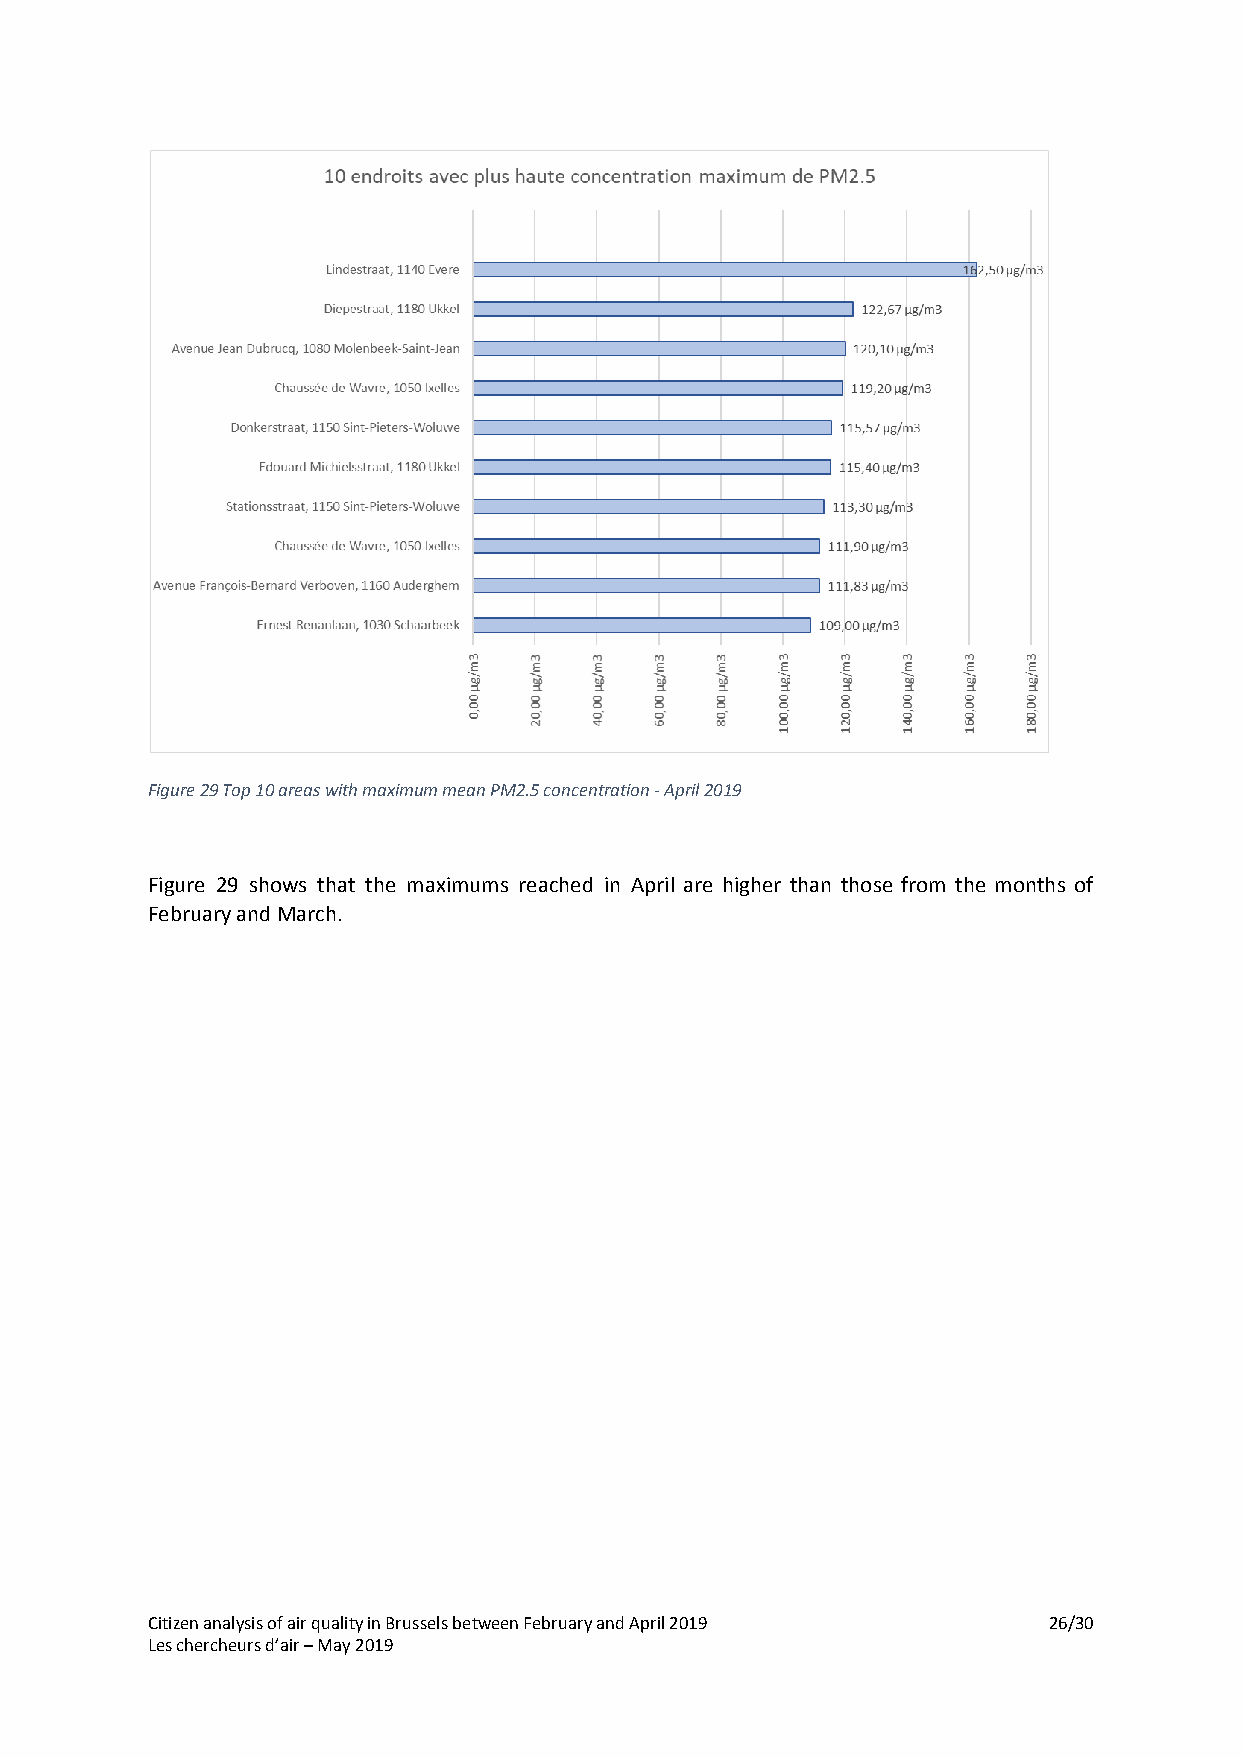
Figure 29 Top 10 areas with maximum mean PM2.5 concentration - April 2019
 Figure 29 shows that the maximums reached in April are higher than those from the months of
 February and March.
 Citizen analysis of air quality in Brussels between February and April 2019 26/30
 Les chercheurs d’air – May 2019